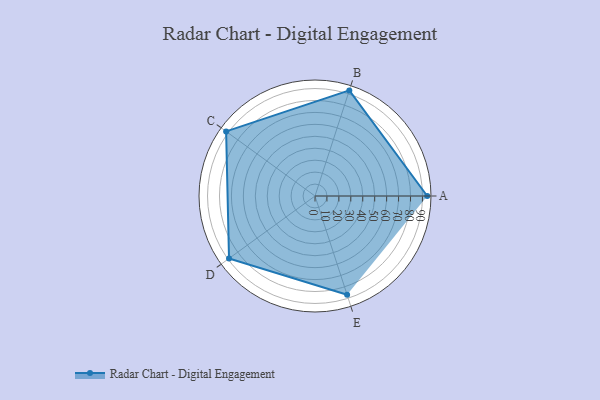
{"axis": {"x": "Skill", "y": "Score"}, "legend": ["Profile"], "data": [{"x": "A", "y": 94.0, "type": "Profile"}, {"x": "B", "y": 93.0, "type": "Profile"}, {"x": "C", "y": 92.0, "type": "Profile"}, {"x": "D", "y": 89.0, "type": "Profile"}, {"x": "E", "y": 87.0, "type": "Profile"}]}